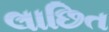
લાછિત